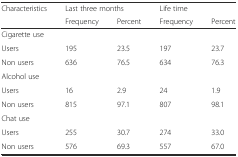
<table><thead><tr><td rowspan="2"><b>Characteristics</b></td><td colspan="2"><b>Last three months</b></td><td colspan="2"><b>Life time</b></td></tr><tr><td><b>Frequency</b></td><td><b>Percent</b></td><td><b>Frequency</b></td><td><b>Percent</b></td></tr></thead><tbody><tr><td>Cigarette use</td><td></td><td></td><td></td><td></td></tr><tr><td>Users</td><td>195</td><td>23.5</td><td>197</td><td>23.7</td></tr><tr><td>Non users</td><td>636</td><td>76.5</td><td>634</td><td>76.3</td></tr><tr><td>Alcohol use</td><td></td><td></td><td></td><td></td></tr><tr><td>Users</td><td>16</td><td>2.9</td><td>24</td><td>1.9</td></tr><tr><td>Non users</td><td>815</td><td>97.1</td><td>807</td><td>98.1</td></tr><tr><td>Chat use</td><td></td><td></td><td></td><td></td></tr><tr><td>Users</td><td>255</td><td>30.7</td><td>274</td><td>33.0</td></tr><tr><td>Non users</td><td>576</td><td>69.3</td><td>557</td><td>67.0</td></tr></tbody></table>